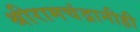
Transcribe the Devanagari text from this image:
श्रीरामचंद्रानीही